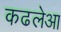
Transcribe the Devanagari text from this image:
कढलेआ